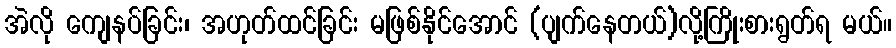
အဲလို ကျေနပ်ခြင်း၊ အဟုတ်ထင်ခြင်း မဖြစ်နိုင်အောင် (ပျက်နေတယ်)လို့ကြိုးစားရွတ်ရ မယ်။